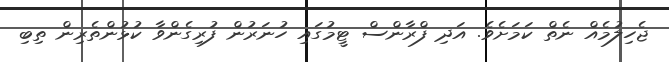
ޖެހިލުމެއް ނެތް ކަމަށެވެ. އަދި ފްރާންސް ޓީމުގައި ހުނަރުން ފުރިގެންވާ ކުޅުންތެރިން ތިބި